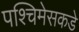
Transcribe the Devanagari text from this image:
पश्चिमेसकडे